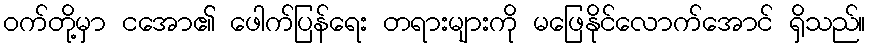
ဝက်တို့မှာ ငအော၏ ဖေါက်ပြန်ရေး တရားများကို မဖြေနိုင်လောက်အောင် ရှိသည်။